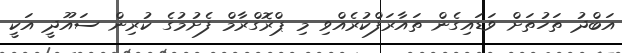
އަބްދު ތަހުތަށް ވަޑައިގެން ތައާރަފްކުރެއްވި މި ޕްރޮގްރާމް ފެށުމުގެ ކުރިން ސައޫދީ އަކީ